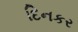
દિનકર